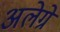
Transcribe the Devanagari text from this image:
अलेग्रे